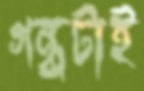
গন্ধটাই